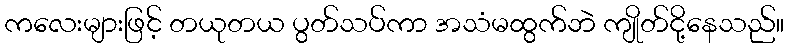
ကလေးများဖြင့် တယုတယ ပွတ်သပ်ကာ အသံမထွက်ဘဲ ကျိုတ်ငို့နေသည်။